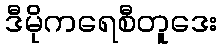
ဒီမိုကရေစီတူဒေး